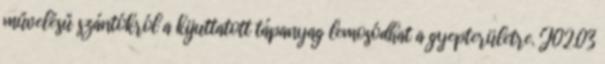
művelésű szántókról a kijuttatott tápanyag lemosódhat a gyepterületre. J02.03